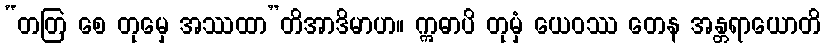
“တတြ စေ တုမှေ အဿထာ”တိအာဒိမာဟ။ ဣဓာပိ တုမှံ ယေဝဿ တေန အန္တရာယောတိ